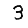
Digit: 3